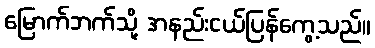
မြောက်ဘက်သို့ အနည်းငယ်ပြန်ကွေ့သည်။